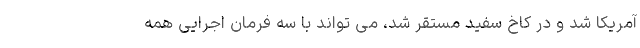
آمریکا شد و در کاخ سفید مستقر شد، می تواند با سه فرمان اجرایی همه